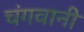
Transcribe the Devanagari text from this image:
चंगवानी